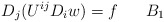
\begin{align*}D_j(U^{ij}D_i w)=f\quad\,\,\,\,B_1\end{align*}